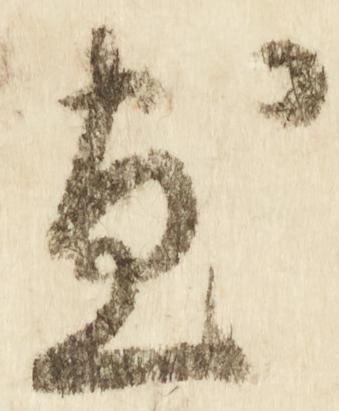
尽